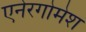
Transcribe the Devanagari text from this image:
एनेरगोमेश